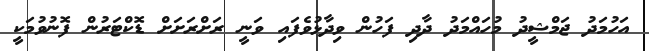
އަހުމަދު ޖަމްޝީދު މުހައްމަދު ދާދި ފަހުން ވިދާޅުވެފައި ވަނީ ރަށްރަށަށް ޑޮކްޓަރުން ފޮނުވުމަކީ